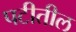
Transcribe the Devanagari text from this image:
पटीतील